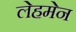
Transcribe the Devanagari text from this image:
लेहमेन